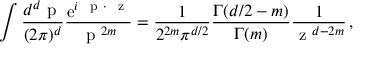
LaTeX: \int \frac { d ^ { d } \mathrm { \boldmath ~ p ~ } } { ( 2 \pi ) ^ { d } } \frac { \mathrm { e } ^ { i \mathrm { \boldmath ~ { \scriptstyle ~ p } ~ } \cdot \mathrm { \boldmath ~ { \scriptstyle ~ z } ~ } } } { \mathrm { \boldmath ~ p ~ } ^ { 2 m } } = \frac { 1 } { 2 ^ { 2 m } \pi ^ { d / 2 } } \frac { { \mit \Gamma } ( d / 2 - m ) } { { \mit \Gamma } ( m ) } \frac { 1 } { \mathrm { \boldmath ~ z ~ } ^ { d - 2 m } } \, ,